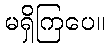
မရှိကြပေ။